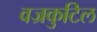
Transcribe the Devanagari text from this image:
वज्रकुटिल